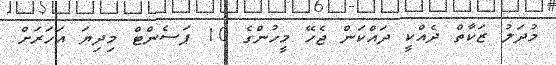
މުދަލު ޒަކާތް ދެއްކީ ދައްކަން ޖެހޭ މީހުންގެ 10 ޕަސެންޓް މިދިޔަ އަހަރަށް